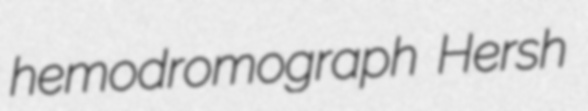
hemodromograph Hersh